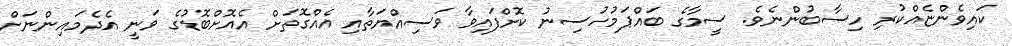
ކައިވެންޏެއްކުރި ހިސާބުންނެވެ. ސީމާގެ ބައްޕަމުހުސިނު ކޮށްފައިވާ ވަސިއްޔަތާއި އެއްގޮތަށް އެއޮށްބޮޑުގެ ވަނީ އެދެމައިންނަށް